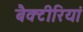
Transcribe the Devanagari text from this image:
बैक्टीरियां